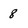
Character: 8